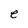
Character: e